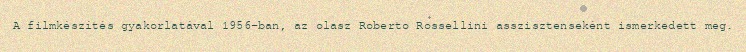
A filmkészítés gyakorlatával 1956-ban, az olasz Roberto Rossellini asszisztenseként ismerkedett meg.